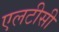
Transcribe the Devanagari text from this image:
एलटीसी